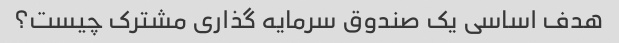
هدف اساسی یک صندوق سرمایه گذاری مشترک چیست؟